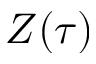
Z ( \tau )